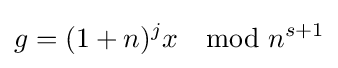
g=(1+n)^{j}x\mod n^{s+1}